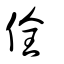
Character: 佺